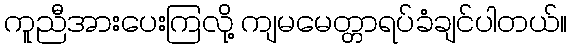
ကူညီအားပေးကြလို့ ကျမမေတ္တာရပ်ခံချင်ပါတယ်။